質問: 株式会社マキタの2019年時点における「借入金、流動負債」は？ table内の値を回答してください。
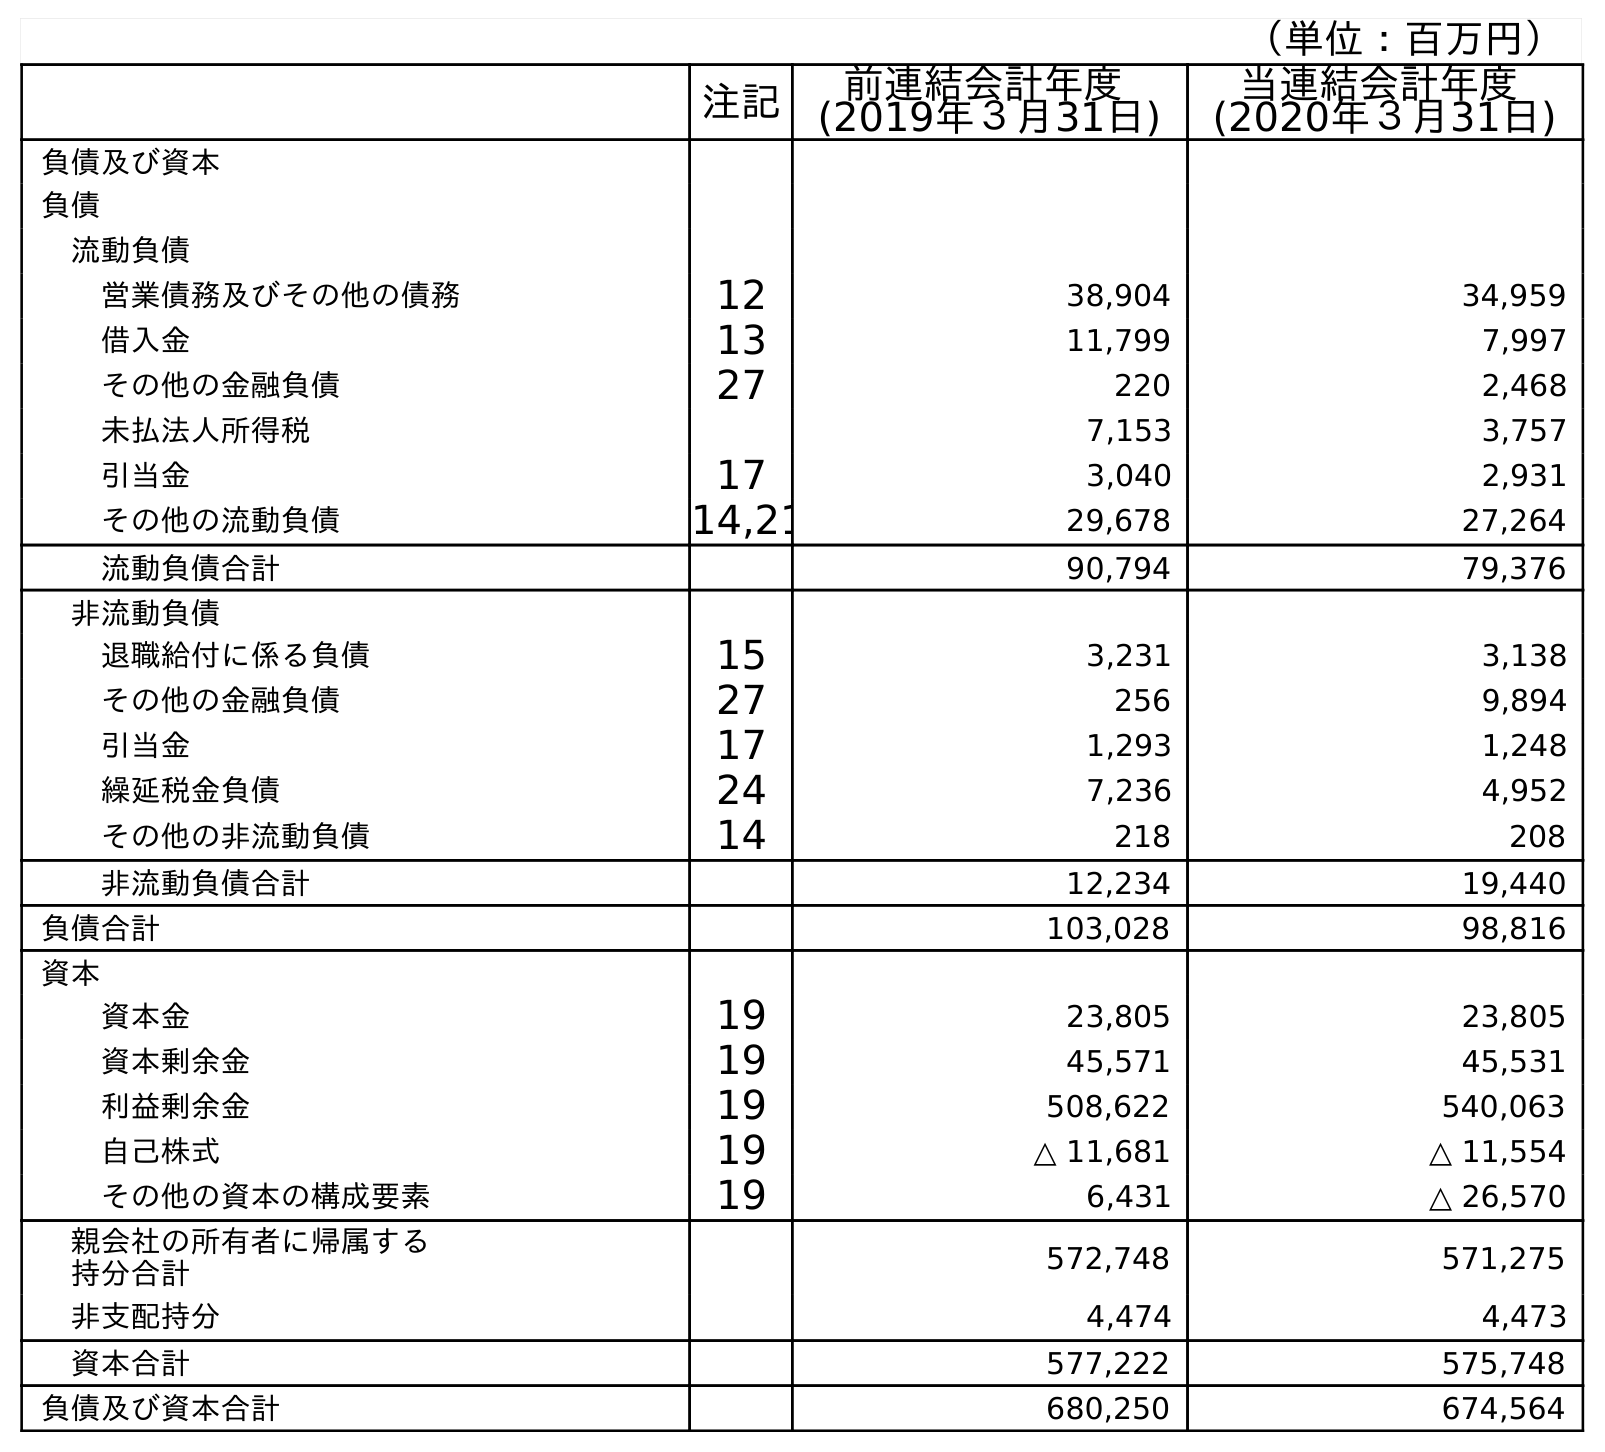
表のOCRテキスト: （単位：百万円） 注記 前連結会計年度 (2019年３月31日) 当連結会計年度 (2020年３月31日) 負債及び資本 負債 流動負債 営業債務及びその他の債務 12 38,904 34,959 借入金 13 11,799 7,997 その他の金融負債 27 220 2,468 未払法人所得税 7,153 3,757 引当金 17 3,040 2,931 その他の流動負債 14,21 29,678 27,264 流動負債合計 90,794 79,376 非流動負債 退職給付に係る負債 15 3,231 3,138 その他の金融負債 27 256 9,894 引当金 17 1,293 1,248 繰延税金負債 24 7,236 4,952 その他の非流動負債 14 218 208 非流動負債合計 12,234 19,440 負債合計 103,028 98,816 資本 資本金 19 23,805 23,805 資本剰余金 19 45,571 45,531 利益剰余金 19 508,622 540,063 自己株式 19 △ 11,681 △ 11,554 その他の資本の構成要素 19 6,431 △ 26,570 親会社の所有者に帰属する 持分合計 572,748 571,275 非支配持分 4,474 4,473 資本合計 577,222 575,748 負債及び資本合計 680,250 674,564
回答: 11,799